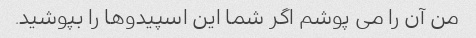
من آن را می پوشم اگر شما این اسپیدوها را بپوشید.